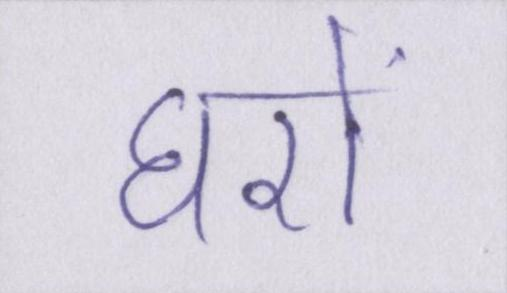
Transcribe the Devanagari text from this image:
घरों